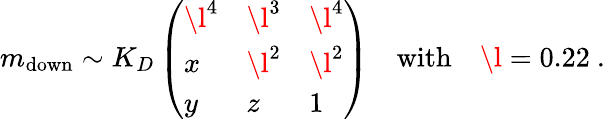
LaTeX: m_{\mathrm{down}}\sim K_{D}\left(\begin{array}{lll}{{\l^{4}}}&{{\l^{3}}}&{{\l^{4}}}\\ {{x}}&{{\l^{2}}}&{{\l^{2}}}\\ {{y}}&{{z}}&{{1}}\end{array}\right)\quad\mathrm{with}\quad\l=0.22\ .